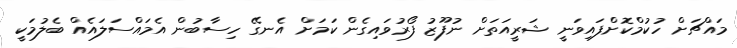
މައްޗަށް ހުކުމްކޮށްފައިވަނީ ޝަރީއަތަށް ނުފޫޒު ފޯރުވައިގެން ކަމަށް އެނގޭ ހިސާބުން އެމައްސަލައެއް ބެލުމަކީ